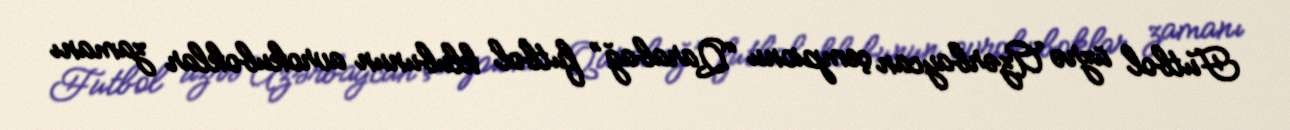
Futbol üzrə Azərbaycan çempionu “Qarabağ” futbol klubunun avrokuboklar zamanı